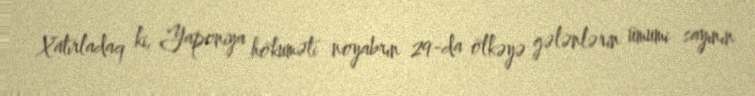
Xatırladaq ki, Yaponiya hökuməti noyabrın 29-da ölkəyə gələnlərin ümumi sayının